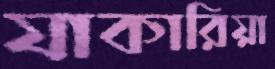
যাকারিয়া